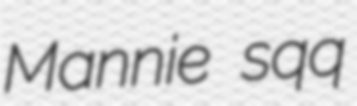
Mannie sqq